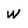
Character: W